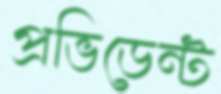
প্রভিডেন্ট